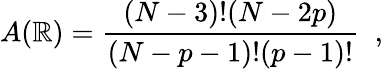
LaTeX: A(\mathbb{R})=\frac{{(N-3)!(N-2p)}}{{(N-p-1)!(p-1)!}}\; \; ,